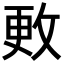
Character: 𪯍